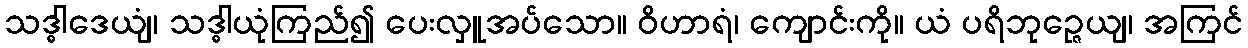
သဒ္ဓါဒေယျံ၊ သဒ္ဓါယုံကြည်၍ ပေးလှူအပ်သော။ ဝိဟာရံ၊ ကျောင်းကို။ ယံ ပရိဘုဉ္ဇေယျ၊ အကြင်